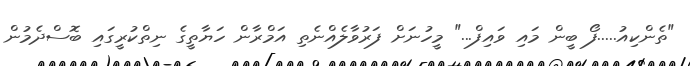
"ތެންކިއު.....ފޯ ބީން މައި ވައިފް..." މީހުނަށް ފަރުވާލެއްނެތި އަމްރާން ހަޔާތީގެ ނިތްކުރީގައި ބޮސްދެމުން